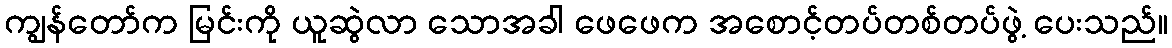
ကျွန်တော်က မြင်းကို ယူဆွဲလာ သောအခါ ဖေဖေက အစောင့်တပ်တစ်တပ်ဖွဲ့ ပေးသည်။